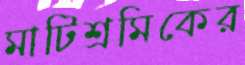
মাটিশ্রমিকের